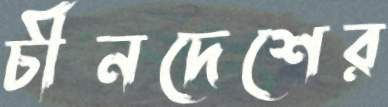
চীনদেশের